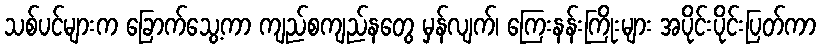
သစ်ပင်များက ခြောက်သွေ့ကာ ကျည်စကျည်နတွေ မှန်လျက်၊ ကြေးနန်းကြိုးများ အပိုင်းပိုင်းပြတ်ကာ